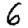
Digit: 6